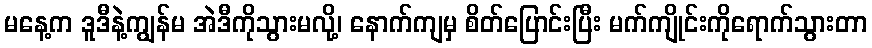
မနေ့က ဒူဒီနဲ့ကျွန်မ အဲဒီကိုသွားမလို့၊ နောက်ကျမှ စိတ်ပြောင်းပြီး မက်ကျိုင်းကိုရောက်သွားတာ